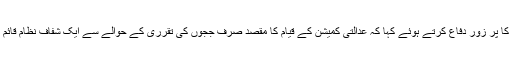
آئینی کمیٹی میں شامل مسلم لیگ نواز کے ایک سینیئر رہنمااسحاق ڈار نے بھی اٹھارویں ترمیم کا پر زور دفاع کرتے ہوئے کہا کہ عدالتی کمیشن کے قیام کا مقصد صرف ججوں کی تقرری کے حوالے سے ایک شفاف نظام قائم کرنا تھا جو افراد کے اثر و رسوخ سے آزاد ہوں اور ایک آزاد عدلیہ کو برقرار رکھا جا سکے۔